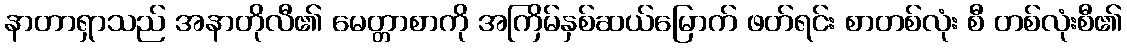
နာတာရှာသည် အနာတိုလီ၏ မေတ္တာစာကို အကြိမ်နှစ်ဆယ်မြောက် ဖတ်ရင်း စာတစ်လုံး စီ တစ်လုံးစီ၏